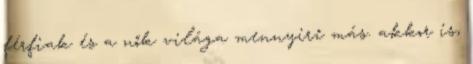
férfiak és a nők világa mennyire más. akkor is,